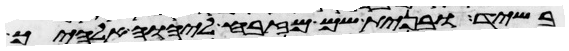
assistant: בשיד ובנית שם מזבח ליהוה אלהיך